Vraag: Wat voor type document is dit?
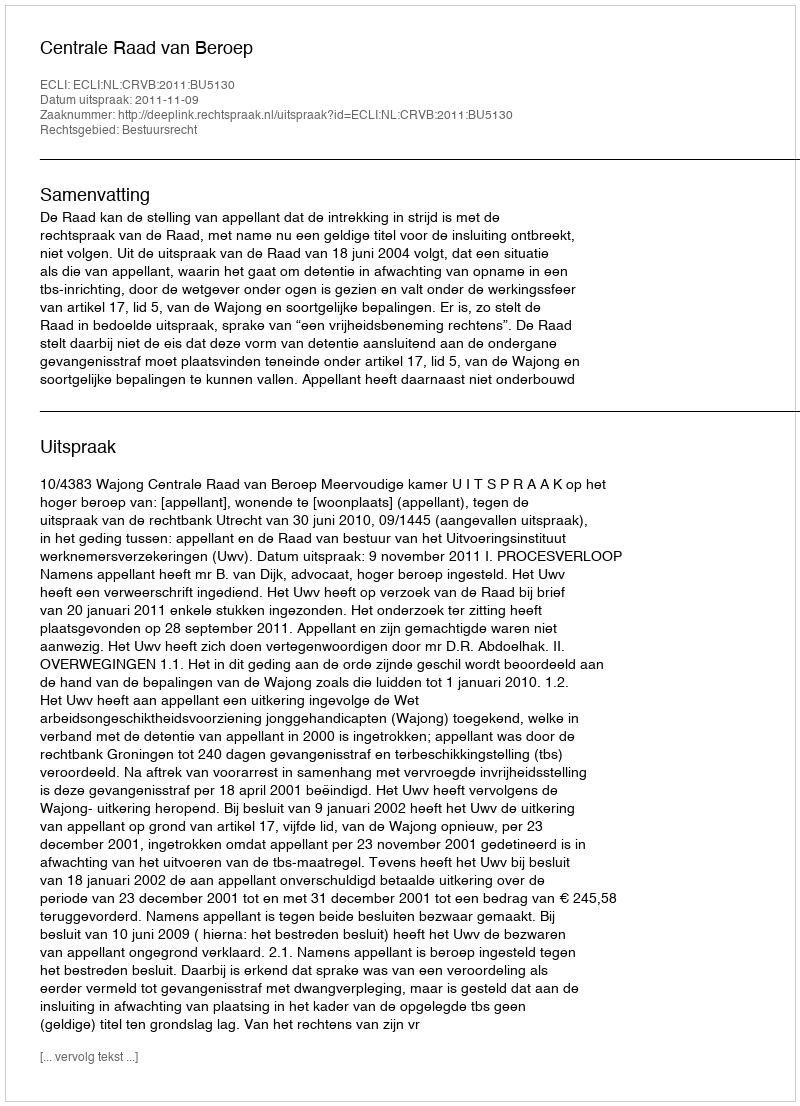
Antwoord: Uitspraak